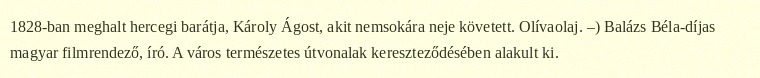
1828-ban meghalt hercegi barátja, Károly Ágost, akit nemsokára neje követett. Olívaolaj. –) Balázs Béla-díjas magyar filmrendező, író. A város természetes útvonalak kereszteződésében alakult ki.